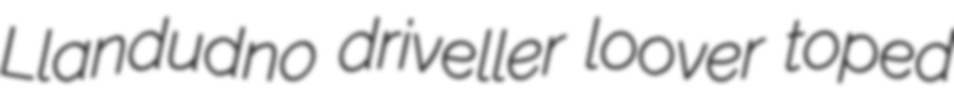
Llandudno driveller loover toped